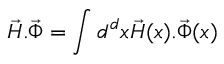
\vec { H } . \vec { \Phi } = \int d ^ { d } x \vec { H } ( x ) . \vec { \Phi } ( x )